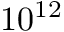
1 0 ^ { 1 2 }